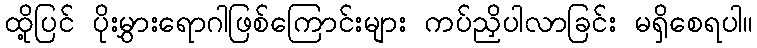
ထို့ပြင် ပိုးမွှားရောဂါဖြစ်ကြောင်းများ ကပ်ညှိပါလာခြင်း မရှိစေရပါ။